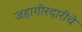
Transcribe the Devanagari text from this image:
जहागीरदारीचे